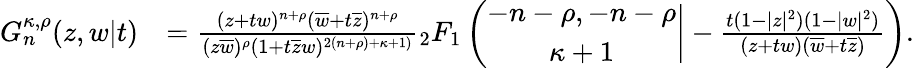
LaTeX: \begin{array}{rl}{G_{n}^{\kappa,\rho}(z,w|t)}&{=\frac{(z+tw)^{n+\rho}(\overline{{w}}+t\overline{{z}})^{n+\rho}}{(z\overline{{w}})^{\rho}(1+t\overline{{z}}w)^{2(n+\rho)+\kappa+1)}}{_2F_{1}}\left(\begin{array}{c}{-n-\rho,-n-\rho}\\ {\kappa+1}\end{array}\bigg|-\frac{t(1-|z|^{2})(1-|w|^{2})}{(z+tw)(\overline{{w}}+t\overline{{z}})}\right).}\end{array}